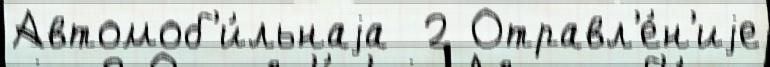
Автомоб'и́льнаjа  2 Отравл'е́н'иjе